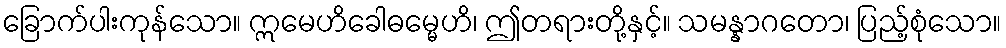
ခြောက်ပါးကုန်သော။ ဣမေဟိခေါဓမ္မေဟိ၊ ဤတရားတို့နှင့်။ သမန္နာဂတော၊ ပြည့်စုံသော။